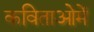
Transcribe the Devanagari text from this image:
कविताओमें